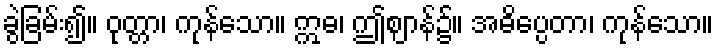
ခွဲခြမ်း၍။ ဝုတ္တာ၊ ကုန်သော။ ဣဓ၊ ဤဈာန်၌။ အဓိပ္ပေတာ၊ ကုန်သော။